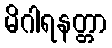
မိဂါရနတ္တာ